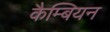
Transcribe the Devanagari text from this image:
कैम्बियन